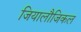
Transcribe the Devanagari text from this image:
जियालौजिकल